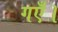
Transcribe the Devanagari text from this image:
गएँ।